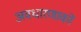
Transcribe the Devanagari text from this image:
अवधारणाकों